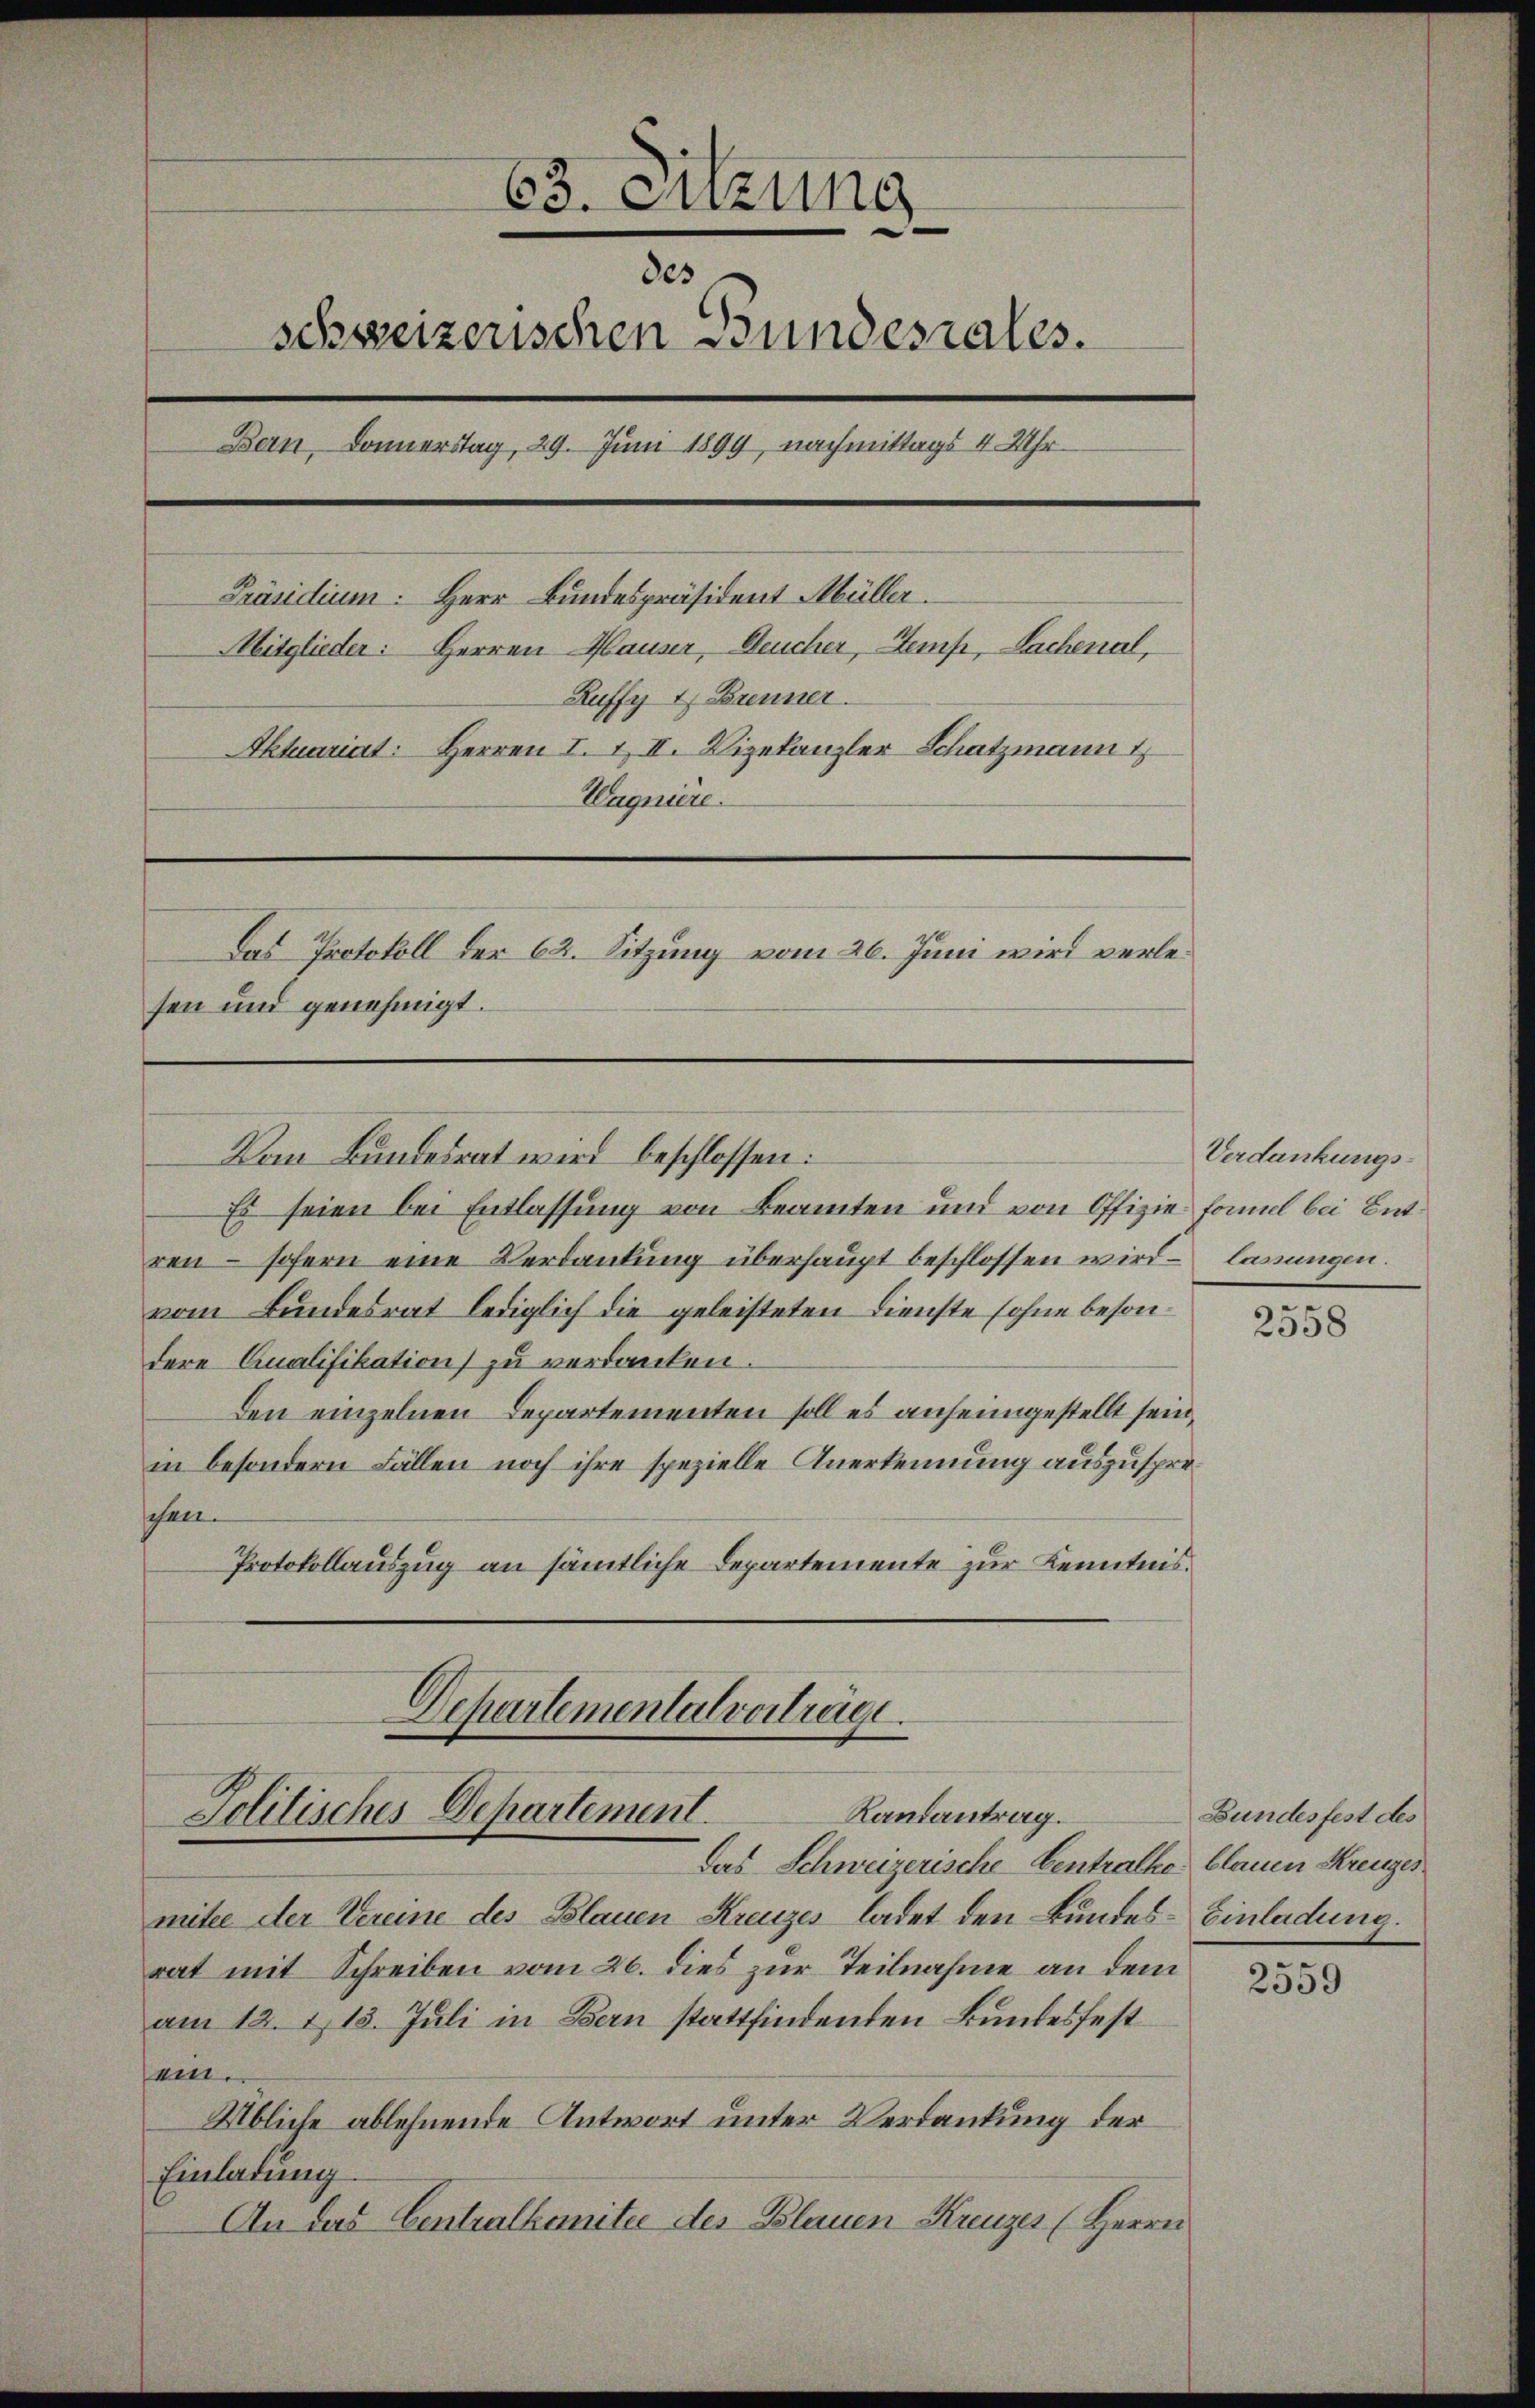
63. Sitzung
e
des
schweizerischen Bundesrates.
Bern, Donnerstag, 29. Juni 1899, nachmittags 4 Uhr
Präsidium. Herr Bundespräsident Müller.
Mitglieder: Herren Hauser, Deucher, Stemp, Sachenal,
Ruffy 4 Brenner
Aktuariat: Herren I. & II. Vizekanzler Schatzmann
Uagniere.
Das Protokoll der 62. Sitzung vom 26. Juni wird verlesen und genehmigt.

Von Bundesrat wird beschlossen:

Es seien bei Entlassung von Beamten und von Offizie formel bei Entren – sofern eine Verdankung überhaupt beschlossen wird – lagungen.
vom Bundesrat lediglich die geleisteten Dienste sohne besondere Qualifikation zu verdanken.
Den einzelnen Departementen soll es anheimgestellt sein,
in besondern Fällen noch ihre spezielle Anerkennung auszuspreschen.
Protokollauszug an sämtliche Departemente zur Kenntnis.

Departementalverträge.
Randantrag.
Politisches Departement.

Das Schweizerische Centralke blauen Kreuzes.
mitee der Vereine des Blauen Kreuzes ladet den Bundes-Einladung.
rat mit Schreiben vom 26. dies zur Teilnahme an dem
am 12. 113. Juli in Bern stattfindenden Bundesfest
sem.
Übliche ablehnende Antwort unter Verdankung der
Einladung.
An das Centralkomitee des Blauen Kreuzer (Herrn

Verdankungs¬

2558

Bundesfest des

2559